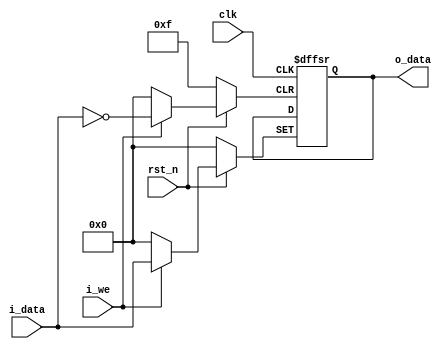
module flg(
    input clk, rst_n, 
    input i_we,
    input [3:0] i_data,
    output wire [3:0] o_data
    );    
    
    // Registers
    reg [3:0] r_data;
    
    always @(posedge clk or posedge i_we or negedge  rst_n) begin
        if(!rst_n) begin
            r_data <= 4'b0000;
        end else begin      
            if(i_we) begin
                r_data <= i_data;
            end
        end
    end
    
    assign o_data = r_data;
endmodule